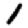
Digit: 1